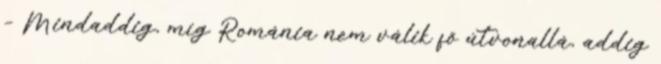
– Mindaddig, míg Románia nem válik fő útvonallá, addig